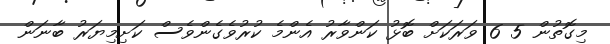
މިގޮތުން 5 6 ވަރަކަށް ބޮޅު ކަންވާރު އެންމެ ކުރުވެގެންވެސް ކަށިމިޔަރު ބާނަން